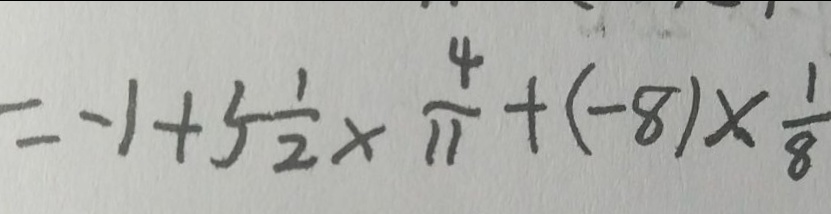
= - 1 + 5 \frac { 1 } { 2 } \times \frac { 4 } { 1 1 } + ( - 8 ) \times \frac { 1 } { 8 }